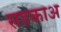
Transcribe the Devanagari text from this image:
सहकाअ